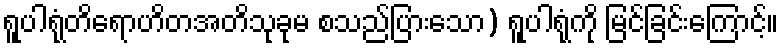
ရူပါရုံတိရောဟိတအတိသုခုမ စသည်ပြားသော) ရူပါရုံကို မြင်ခြင်းကြောင့်။